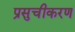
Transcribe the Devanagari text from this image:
प्रसुचीकरण